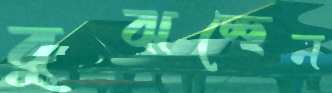
বুঝচ্ছেন